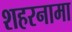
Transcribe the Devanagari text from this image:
शहरनामा